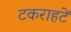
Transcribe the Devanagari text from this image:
टकराहटें